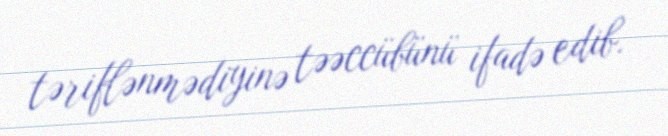
təriflənmədiyinə təəccübünü ifadə edib.